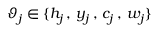
\vartheta _ { j } \in \{ h _ { j } \, , \, y _ { j } \, , \, c _ { j } \, , \, w _ { j } \}